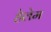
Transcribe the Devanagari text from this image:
हेलेम